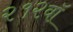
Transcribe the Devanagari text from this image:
२१२वॉ